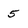
Character: 5